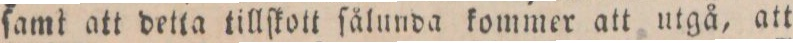
ſamt att detta tillſkott ſålunda kommer att utgå, att